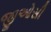
જીઓસી